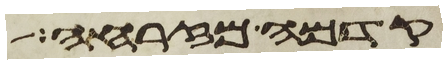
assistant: קדמה מזרחה